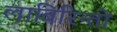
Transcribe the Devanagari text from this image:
लाबिरिन्तो